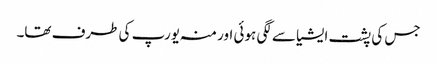
جس کی پشت ایشیا سے لگی ہوئی اور منہ یورپ کی طرف تھا۔